Leaving Certificate Examination (including Day School Certificate (Higher) General paper), 1935
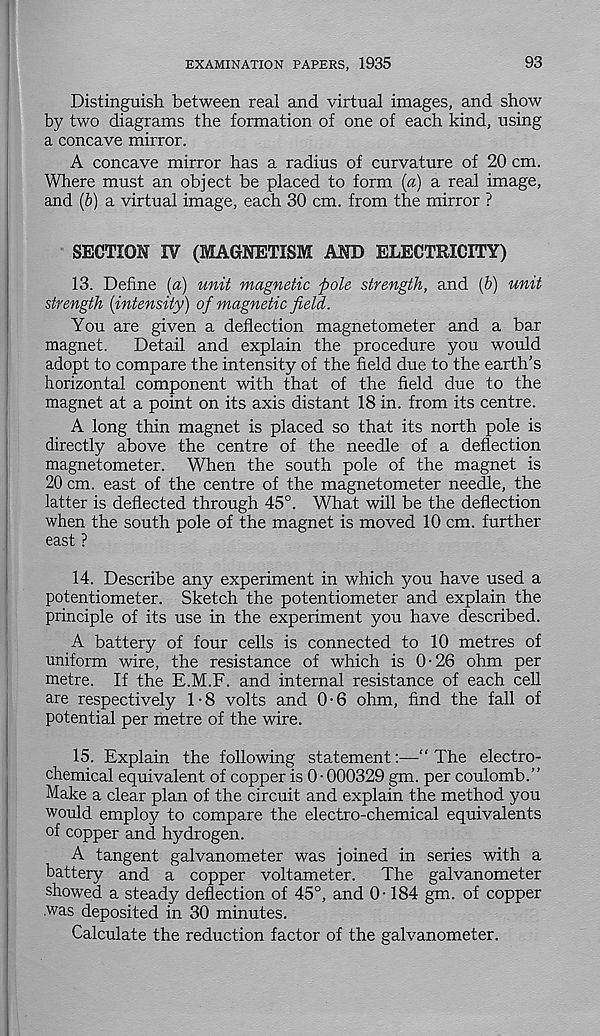
EXAMINATION PAPERS, 1935
93
Distinguish between real and virtual images, and show
by two diagrams the formation of one of each kind, using
a concave mirror.
A concave mirror has a radius of curvature of 20 cm.
Where must an object be placed to form {a) a real image,
and (b) a virtual image, each 30 cm. from the mirror ?
SECTION IV (MAGNETISM AND ELECTRICITY)
13. Define [a) unit magnetic pole strength, and (p) unit
strength {intensity) of magnetic field.
You are given a deflection magnetometer and a bar
magnet.
Detail and explain the procedure you would
adopt to compare the intensity of the field due to the earth’s
horizontal component with that of the field due to the
magnet at a point on its axis distant 18 in. from its centre.
A long thin magnet is placed so that its north pole is
directly above the centre of the needle of a deflection
magnetometer. When the south pole of the magnet is
20 cm. east of the centre of the magnetometer needle, the
latter is deflected through 45°. What will be the deflection
when the south pole of the magnet is moved 10 cm. further
east ?
14. Describe any experiment in which you have used a
potentiometer. Sketch the potentiometer and explain the
principle of its use in the experiment you have described.
A battery of four cells is connected to 10 metres of
uniform wire, the resistance of which is 0-26 ohm per
metre. If the E.M.F. and internal resistance of each cell
are respectively 1 • 8 volts and 0 • 6 ohm, find the fall of
potential per metre of the wire.
15. Explain the following statementThe electro-
chemical equivalent of copper is 0 • 000329 gm. per coulomb.”
Make a clear plan of the circuit and explain the method you
would employ to compare the electro-chemical equivalents
of copper and hydrogen.
A tangent galvanometer was joined in series with a
battery and a copper voltameter.
The galvanometer
showed a steady deflection of 45°, and 0-184 gm. of copper
was deposited in 30 minutes.
Calculate the reduction factor of the galvanometer.